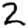
Digit: 2